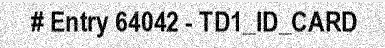
# Entry 64042 - TD1_ID_CARD